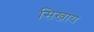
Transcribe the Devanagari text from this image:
सिखाय